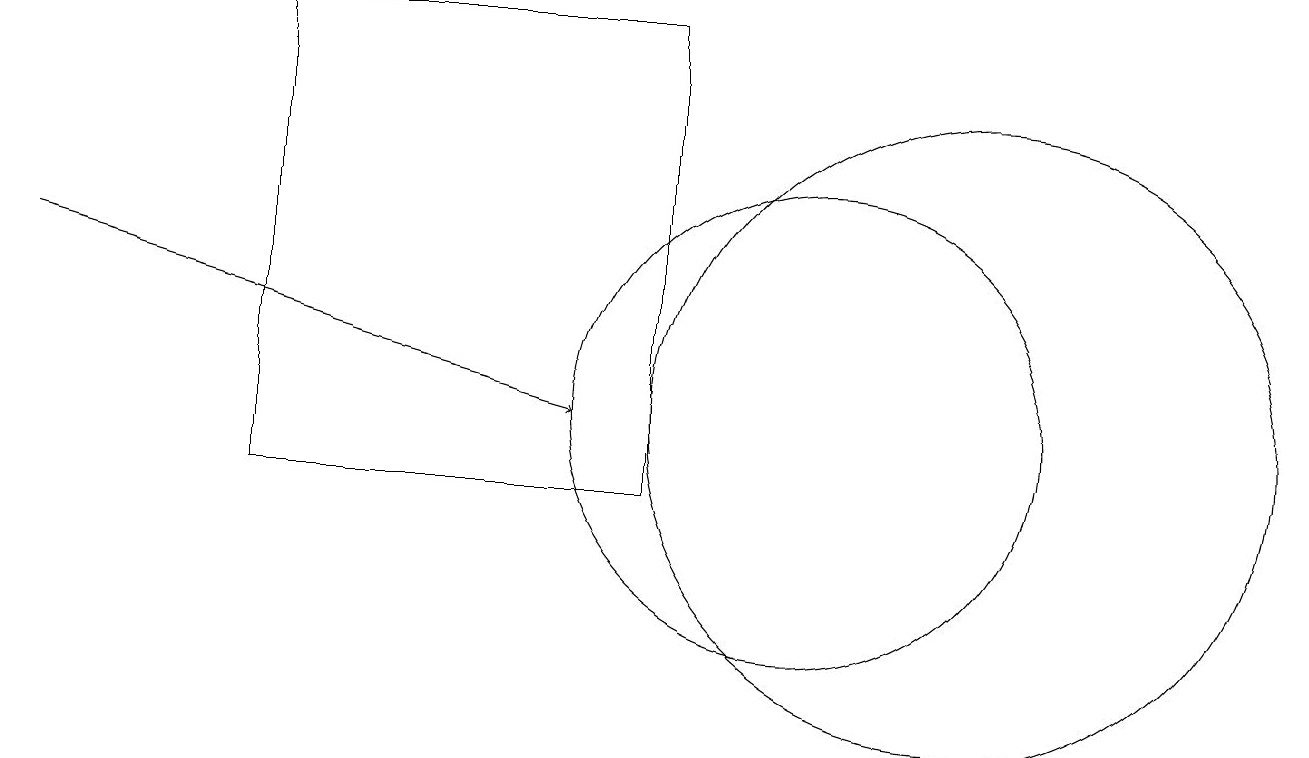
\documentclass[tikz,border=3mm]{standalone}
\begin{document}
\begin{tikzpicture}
\draw[->] (0,14) -- (7,12);
\draw (12,12) circle (4);
\draw (8,11) rectangle (3,17);
\draw (10,12) circle (3);
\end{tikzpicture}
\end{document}